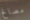
مصالح